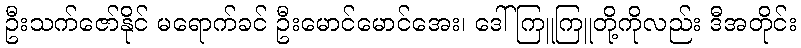
ဦးသက်ဇော်နိုင် မရောက်ခင် ဦးမောင်မောင်အေး၊ ဒေါ်ကြူကြူတို့ကိုလည်း ဒီအတိုင်း